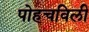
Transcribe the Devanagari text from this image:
पोहचविली